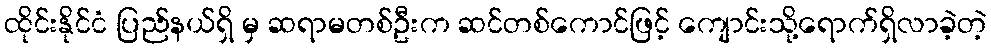
ထိုင်းနိုင်ငံ ပြည်နယ်ရှိ မှ ဆရာမတစ်ဦးက ဆင်တစ်ကောင်ဖြင့် ကျောင်းသို့ရောက်ရှိလာခဲ့တဲ့